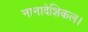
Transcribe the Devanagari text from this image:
नानादेशिकल।